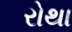
રોથા